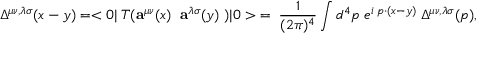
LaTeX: \Delta ^ { \mu \nu , \lambda \sigma } ( x - y ) = < 0 | \; T ( { \bf a } ^ { \mu \nu } ( x ) \; \; { \bf a } ^ { \lambda \sigma } ( y ) \; ) | 0 > \; = \; \frac { 1 } { ( 2 \pi ) ^ { 4 } } \int d ^ { 4 } p \; e ^ { i \; p \cdot ( x - y ) } \; \Delta ^ { \mu \nu , \lambda \sigma } ( p ) ,